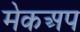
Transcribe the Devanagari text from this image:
मेकअप